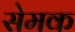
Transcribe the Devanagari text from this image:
सेमक